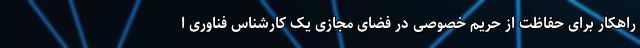
راهکار برای حفاظت از حریم خصوصی در فضای مجازی یک کارشناس فناوری ا